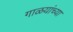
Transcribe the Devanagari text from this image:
गाळयांच्या